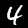
Label: 4